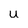
Character: U